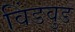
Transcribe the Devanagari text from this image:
विंडवुड